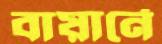
বায়ার্নে